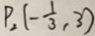
P _ { 2 } ( - \frac { 1 } { 3 } , 3 )